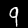
Label: 9